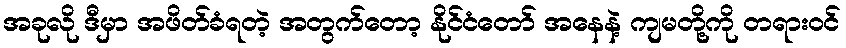
အခုလို ဒီမှာ အဖိတ်ခံရတဲ့ အတွက်တော့ နိုင်ငံတော် အနေနဲ့ ကျမတို့ကို တရားဝင်